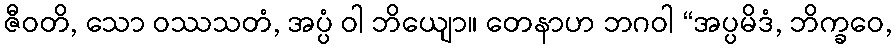
ဇီဝတိ, သော ဝဿသတံ, အပ္ပံ ဝါ ဘိယျော။ တေနာဟ ဘဂဝါ “အပ္ပမိဒံ, ဘိက္ခဝေ,